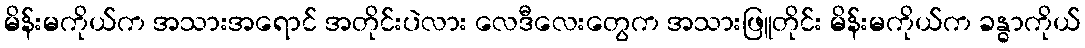
မိန်းမကိုယ်က အသားအရောင် အတိုင်းပဲလား လေဒီလေးတွေက အသားဖြူတိုင်း မိန်းမကိုယ်က ခန္ဓာကိုယ်